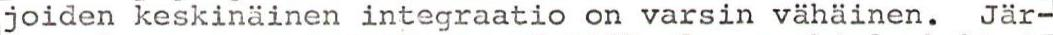
joiden keskinäinen integraatio on varsin vähäinen. Jär-